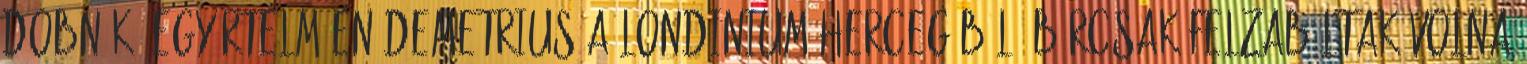
dobnék. Egyértelműen Demetrius a Londinium hercegéből. Bárcsak felzabáltak volna